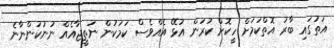
އަތުގައި ބާރު އޮތްކަމަށް ހީކޮށް ކުރަން އުޅޭ އެއްވެސް ކަމަކުން ނަތީޖާއެއް ނުނުކުންނާނެ